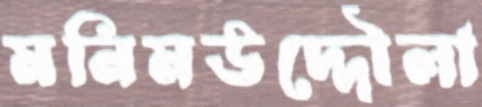
মনিমউদ্দৌলা